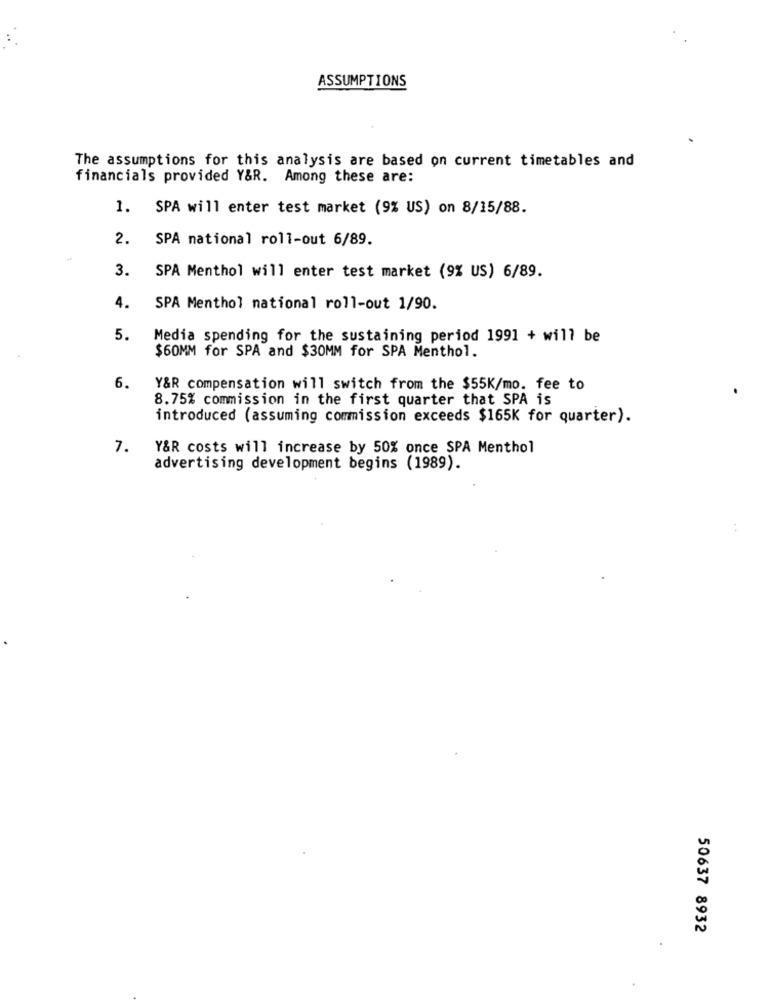
ASSUMPTIONS
The assumptions for this analysis are based on current timetables and
financials provided Y&R. Among these are:
1.
SPA will enter test market (9% US) on 8/15/88.
2.
SPA national roll-out 6/89.
3.
SPA Menthol will enter test market (9% US) 6/89.
4.
SPA Menthol national roll-out 1/90.
5.
Media spending for the sustaining period 1991 + will be
$60MM for SPA and $30MM for SPA Menthol.
6.
Y&R compensation will switch from the $55K/mo. fee to
8.75% commission in the first quarter that SPA is
introduced (assuming commission exceeds $165K for quarter).
7.
Y&R costs will increase by 50% once SPA Menthol
advertising development begins (1989).
50637 8932